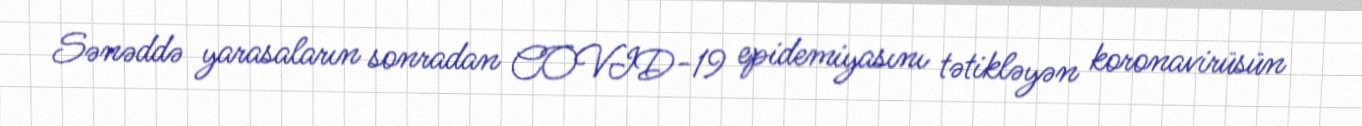
Sənəddə yarasaların sonradan COVID-19 epidemiyasını tətikləyən koronavirüsün